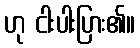
ဟု ငါးပါးပြား၏။